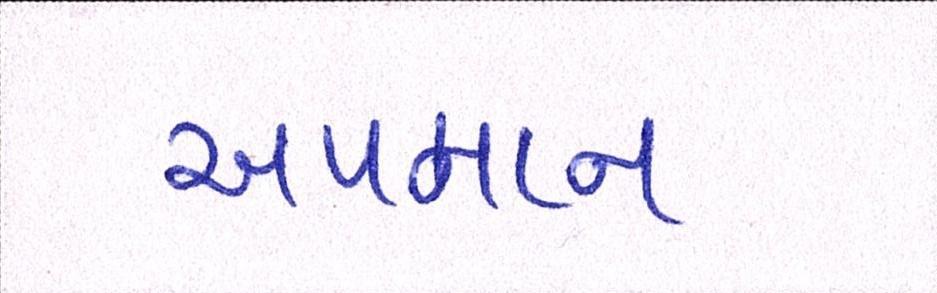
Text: અપમાન